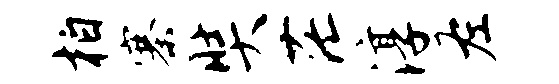
柏寨奘茫淳左